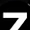
Digit: 7